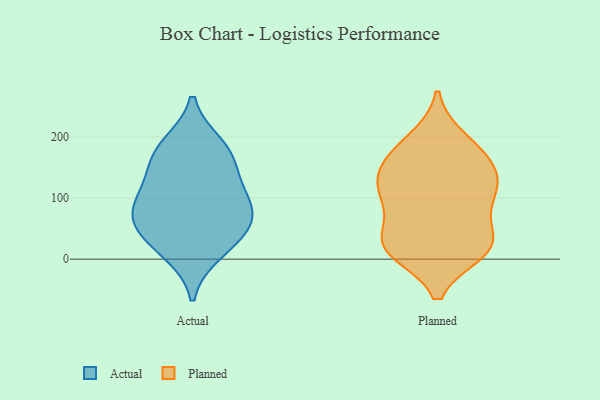
{"axis": {"x": "Energy Usage (MWh)", "y": "Value"}, "legend": ["Actual", "Planned"], "data": [{"x": "", "y": 12, "type": "Actual"}, {"x": "", "y": 32, "type": "Actual"}, {"x": "", "y": 60, "type": "Actual"}, {"x": "", "y": 113, "type": "Actual"}, {"x": "", "y": 101, "type": "Actual"}, {"x": "", "y": 156, "type": "Actual"}, {"x": "", "y": 174, "type": "Actual"}, {"x": "", "y": 186, "type": "Actual"}, {"x": "", "y": 77, "type": "Actual"}, {"x": "", "y": 64, "type": "Actual"}, {"x": "", "y": 156, "type": "Planned"}, {"x": "", "y": 32, "type": "Planned"}, {"x": "", "y": 122, "type": "Planned"}, {"x": "", "y": 13, "type": "Planned"}, {"x": "", "y": 104, "type": "Planned"}, {"x": "", "y": 107, "type": "Planned"}, {"x": "", "y": 26, "type": "Planned"}, {"x": "", "y": 152, "type": "Planned"}, {"x": "", "y": 196, "type": "Planned"}, {"x": "", "y": 83, "type": "Planned"}, {"x": "", "y": 17, "type": "Planned"}, {"x": "", "y": 28, "type": "Planned"}, {"x": "", "y": 113, "type": "Planned"}, {"x": "", "y": 18, "type": "Planned"}, {"x": "", "y": 186, "type": "Planned"}, {"x": "", "y": 155, "type": "Planned"}]}